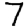
Digit: 7